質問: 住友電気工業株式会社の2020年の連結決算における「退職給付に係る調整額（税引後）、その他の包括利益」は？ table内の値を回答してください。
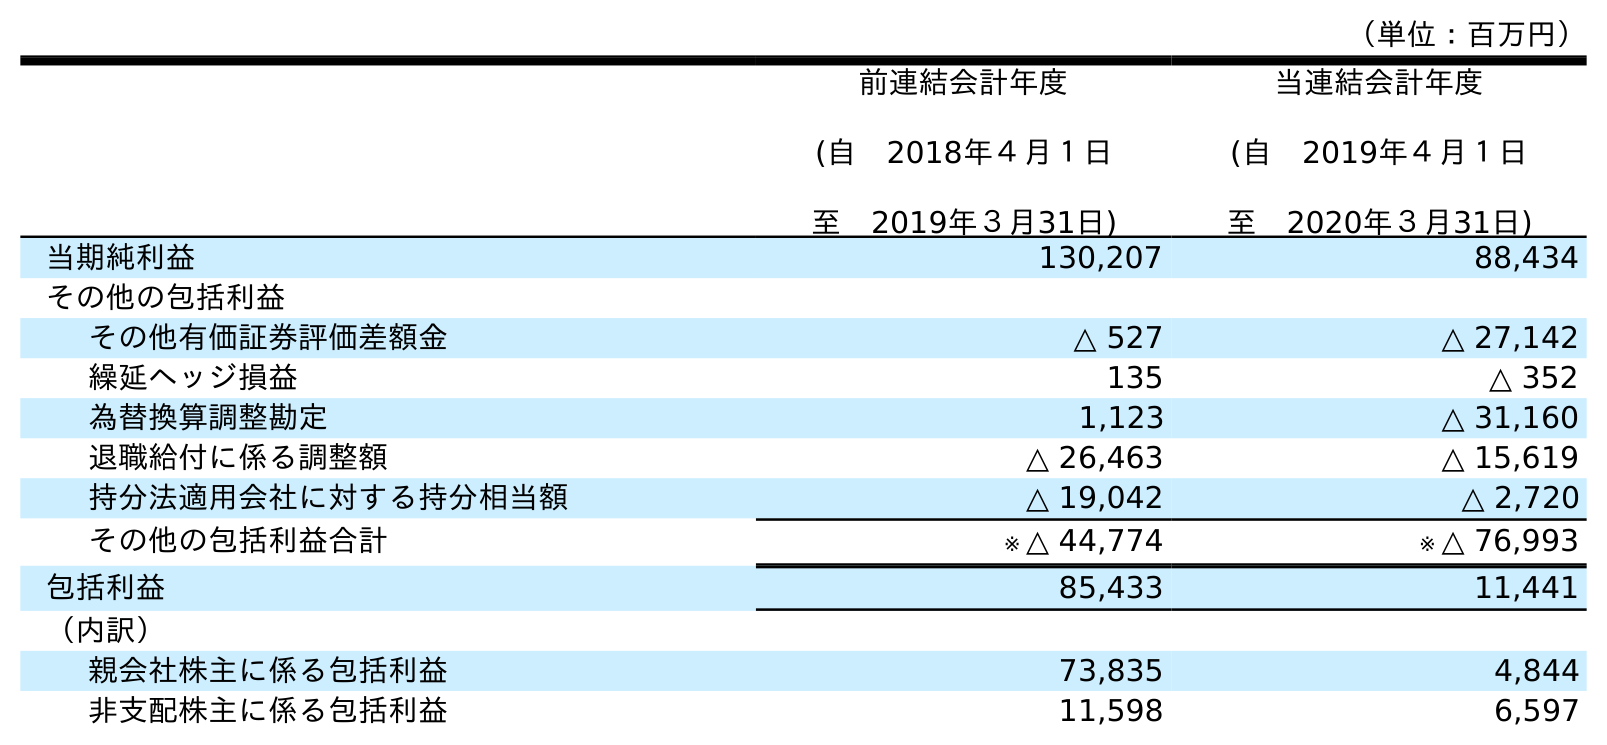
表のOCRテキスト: （単位：百万円） 前連結会計年度 (自 2018年４月１日 至 2019年３月31日) 当連結会計年度 (自 2019年４月１日 至 2020年３月31日) 当期純利益 130,207 88,434 その他の包括利益 その他有価証券評価差額金 △ 527 △ 27,142 繰延ヘッジ損益 135 △ 352 為替換算調整勘定 1,123 △ 31,160 退職給付に係る調整額 △ 26,463 △ 15,619 持分法適用会社に対する持分相当額 △ 19,042 △ 2,720 その他の包括利益合計 ※ △ 44,774 ※ △ 76,993 包括利益 85,433 11,441 （内訳） 親会社株主に係る包括利益 73,835 4,844 非支配株主に係る包括利益 11,598 6,597
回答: △15,619